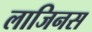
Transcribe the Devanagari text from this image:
लाजिनस